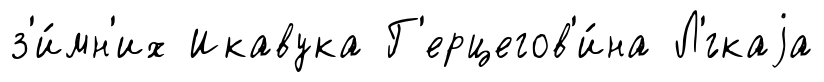
з'и́мн'их Икавука Г'ерцегов'и́на Л'́гкаjа